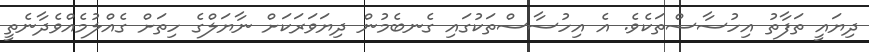
ދިޔައީ ތަފާތު އިހުސާސްތަކެވެ. އެ އިހުސާސްތަކުގައި ގެނބެމުން ދިޔަވަރަކަށް ނާޔަލްގެ ހިތަށް ގެއްލުމެއްވެދާނެތީ